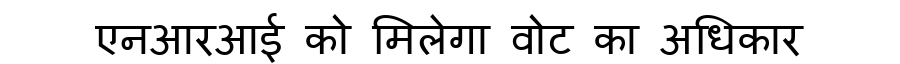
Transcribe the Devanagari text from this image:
एनआरआई को मिलेगा वोट का अधिकार